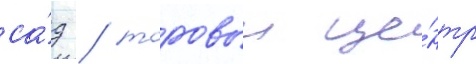
са́д / торовыи це́нтр